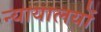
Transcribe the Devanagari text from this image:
न्यायालयोंं